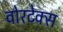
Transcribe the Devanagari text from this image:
वोरटेक्स